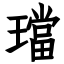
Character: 璫